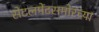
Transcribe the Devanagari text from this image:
सेटलमेंटसमोरच्या